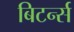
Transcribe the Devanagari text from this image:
बिटर्न्‍स